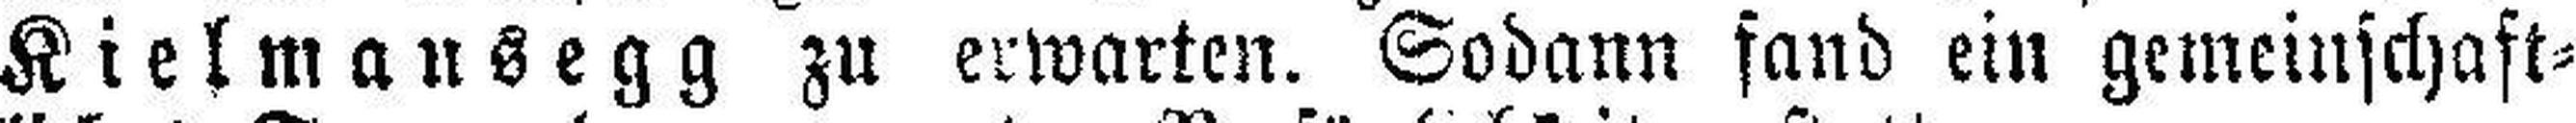
Kielmansegg zu erwarten. Sodann fand ein gemeinschaft¬